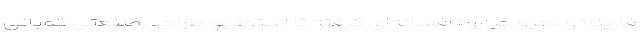
فارینا» و «جیو جیارو» افسانه‌ای گرفته تا استودیو طراحی صنعتی کمپانی